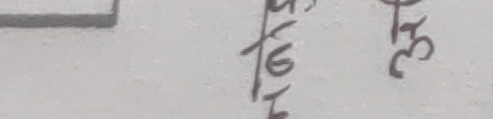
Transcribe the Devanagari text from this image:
५/१६ १३